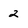
Character: 2